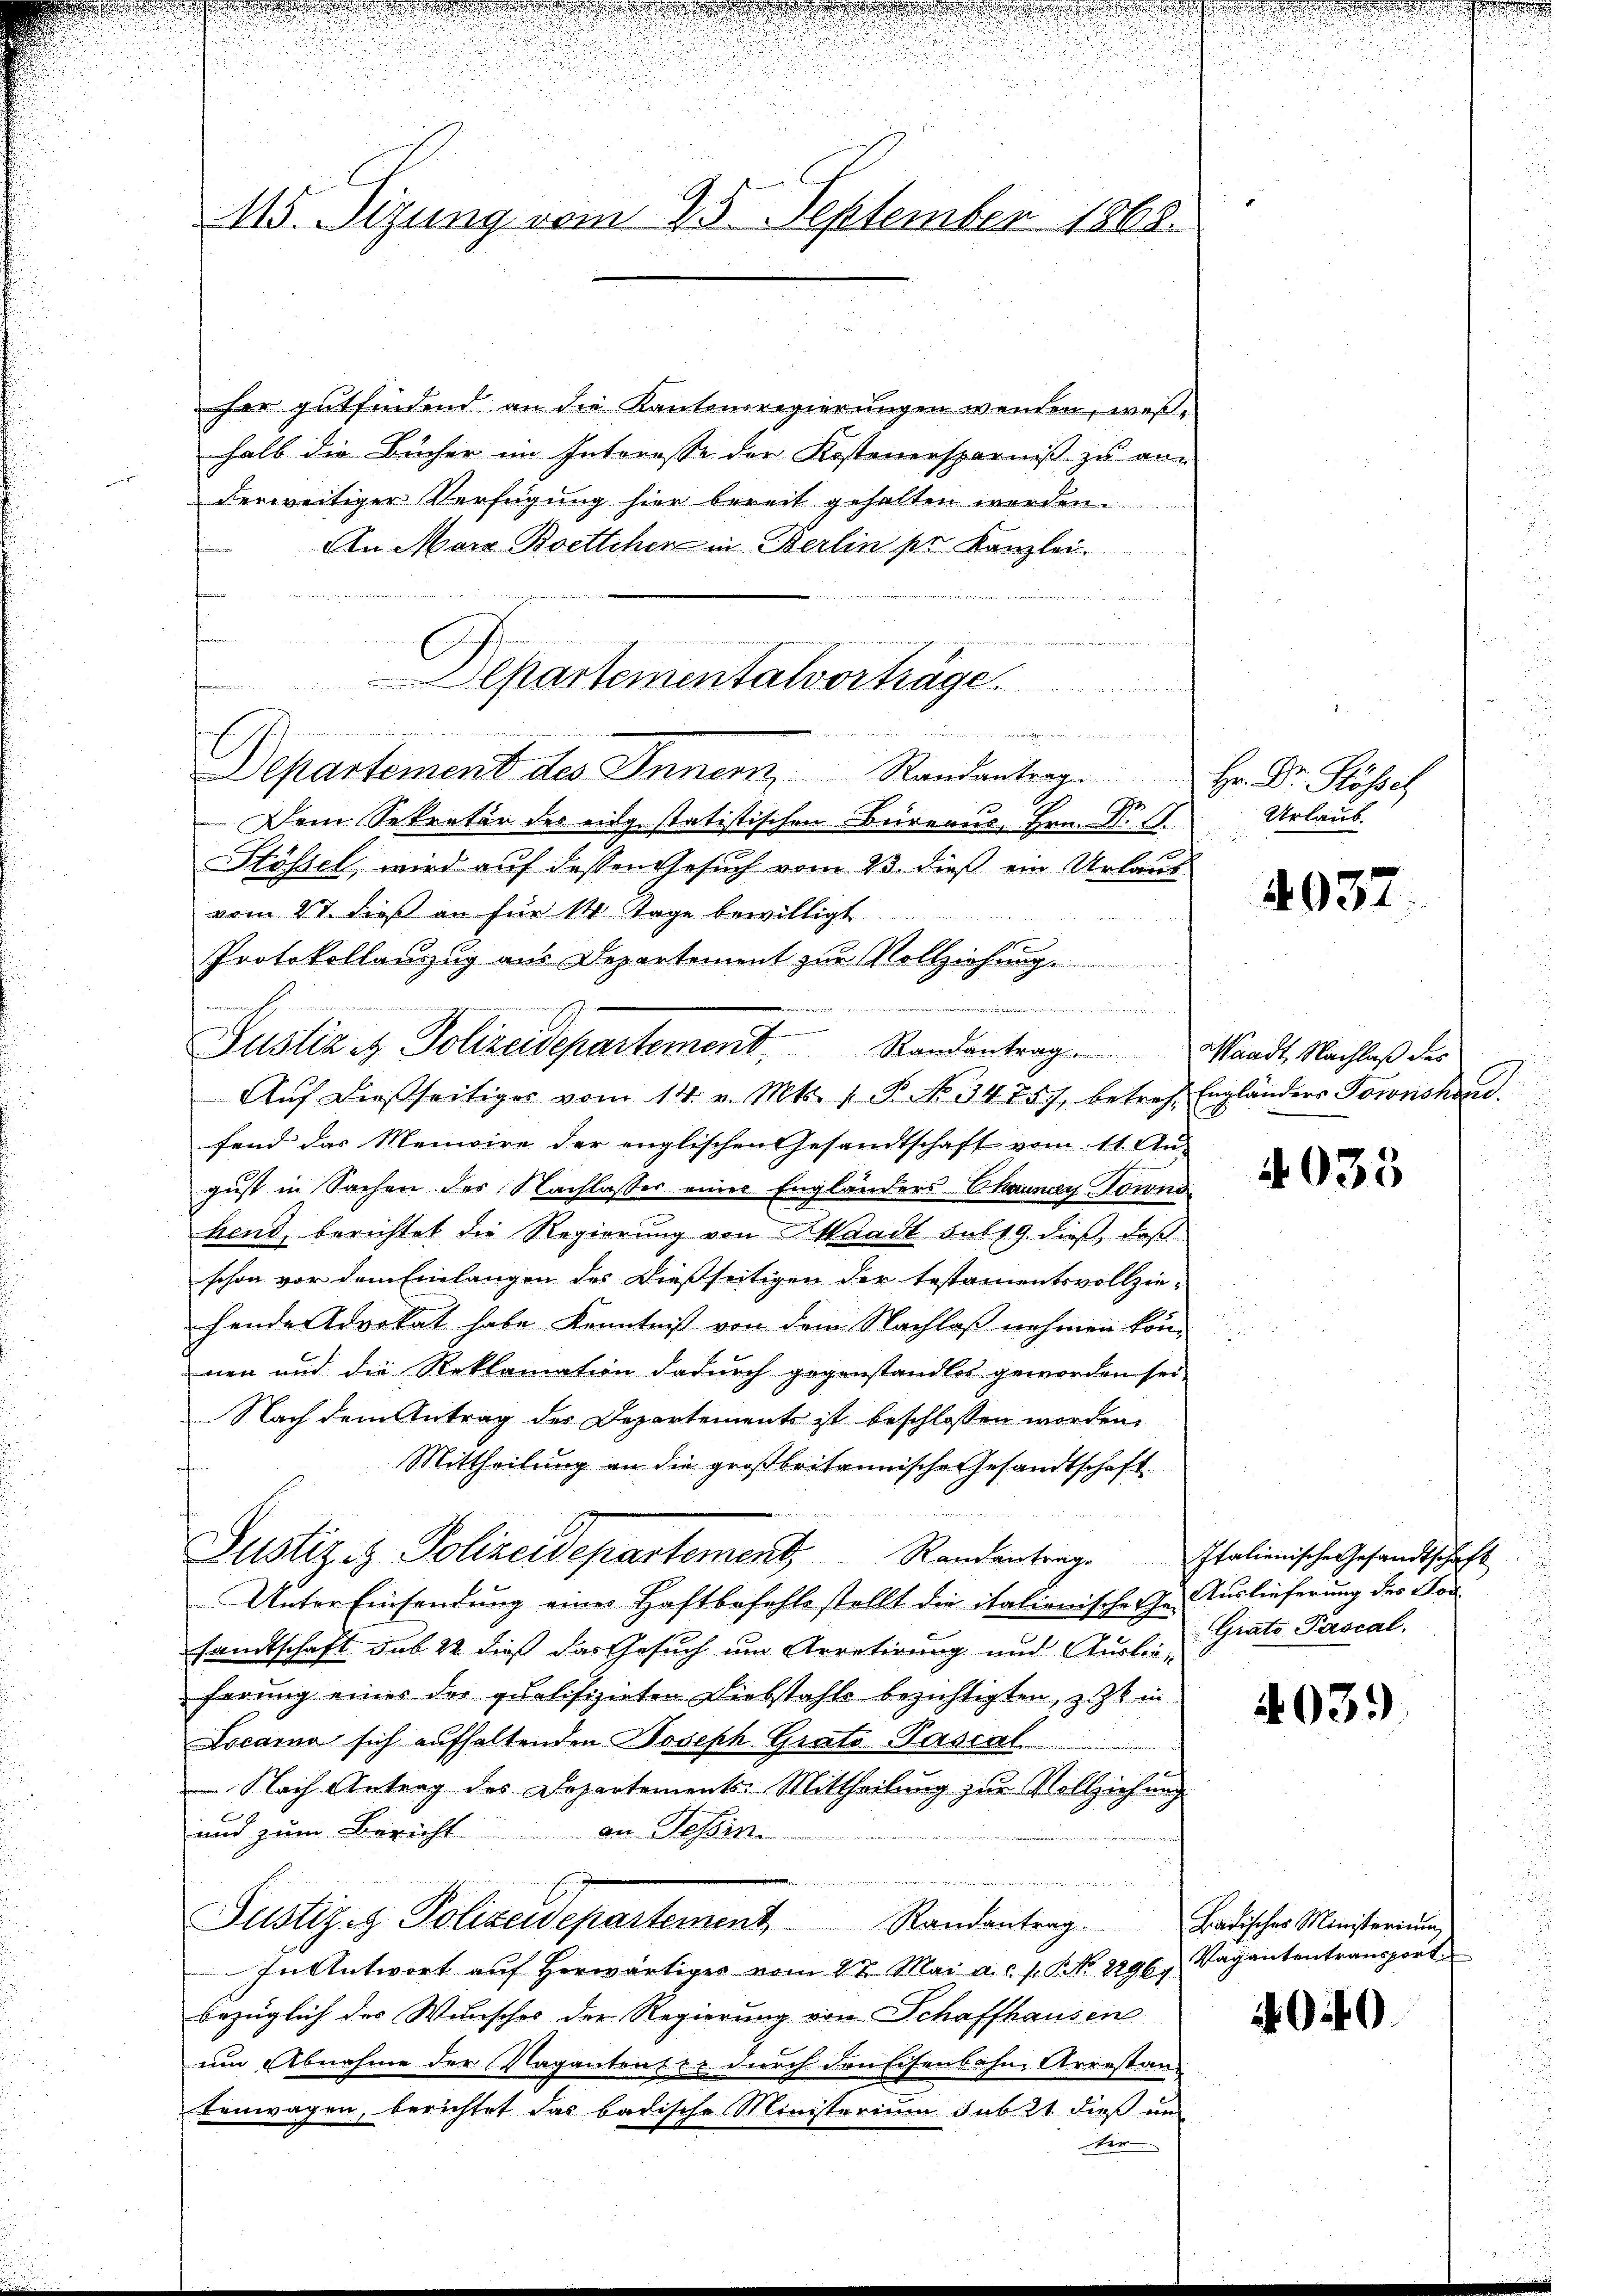
115. Sizung vom 25. September 1868.

her gutfindend an die Kantonsregierungen wenden, weße
halb die Bücher im Interesse der Kostenersparniß zu an-
derweitiger Verfügung hier bereit gehalten werden.
An Mara Boettchen in Berlin se Kanzlei.

 ..  .
Departement des Innern Randantrag. Hr. Dr. Rossel
Dem Sekretär des eing statistischen Büreaus, Hrn. Dr. S.
Stössel, wird auf dessen Gesuch vom 23. dieß ein Urlaub
vom 27. dieß an für 14 Tage bewilligt
Protokollanzug aus Departement zur Vollziehung
e
.
Randantrag. Waadt Nachlaß des
Aŭf dießseitiges vom 14. v. Mts. 1. P. No 34757, betref Engländers Townskand
fend das Memoire der englischen Gesandtschaft vom 11. Aus
gust in Sachen des Nachlasser einer Engländers Chaunay Townohend, berichtet die Regierung von Waadt sub 19. dieß, daß
schon vor dem Einlangen des Dießseitigen der testamentsvollzie-
hende Advokat habe Kenntniß von dem Nachlaß nehmen kön
nen und die Reklamation dadurch gegenstandlos geworden sei,
Nach dem Antrag des Departements ist beschlossen worden.
Mittheilung an die großbritannische Gesandtschaft
Justiz & Polizeidepartement, Randentrage
Unter Einsendung eines Haftbefehlestellt die italionische Ge-
sandtschaft sub 22 dieß das Gesuch um Arretirung und Auslieferung eines der qualifizirten Diebstahls bezichtigten, z. Z. in
Locarno sich aufhaltenden Joseph Grats-Pascal
 Nach Antrag des Departements-Mittheilung zur Vollziehung
und zum Bericht an Tessin

Justiz & Polizeidepartement Randantrag. Badisches Ministerium
In Antwort aŭf herwärtiges vom 27. Mai a.c. s. No. 2296 Vagantentransport
bezüglich des Wunsches der Regierung von Schaffhausen
um Abnahme der Vagantent zu durch den Eisenbahne Arrestan
tenwagen, berichtet das badische Ministerium sub 21 dieß un
ter

partementalvorträge

Justiz & Polizeidepartement

Urlaub.

4037

4033

Italienische Gesandtschaft
Auslieferung des For¬
Grats Pascal.

403.

490.